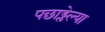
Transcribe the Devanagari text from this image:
पछाड्लेल्या